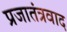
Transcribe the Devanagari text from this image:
प्रजातंत्रवाद